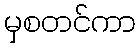
မှစတင်ကာ